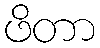
ဖိတာ